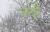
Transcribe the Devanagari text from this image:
ज्‍यौं